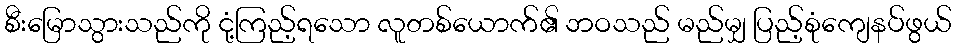
စီးမြောသွားသည်ကို ငုံ့ကြည့်ရသော လူတစ်ယောက်၏ ဘဝသည် မည်မျှ ပြည့်စုံကျေနပ်ဖွယ်